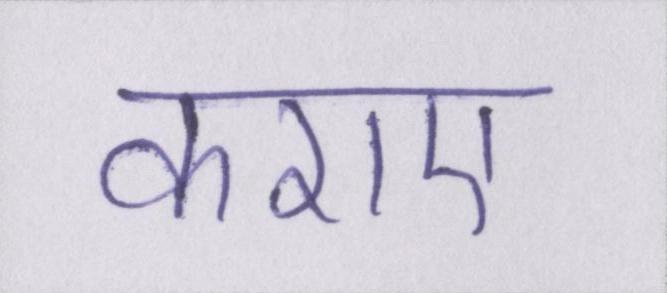
कराए